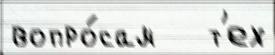
вопро́сам   т'ех